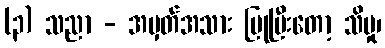
(၃) သညာ - အမှတ်အသား ပြုပြီးတော့ သိမှု၊